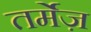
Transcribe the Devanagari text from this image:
तर्मेज़